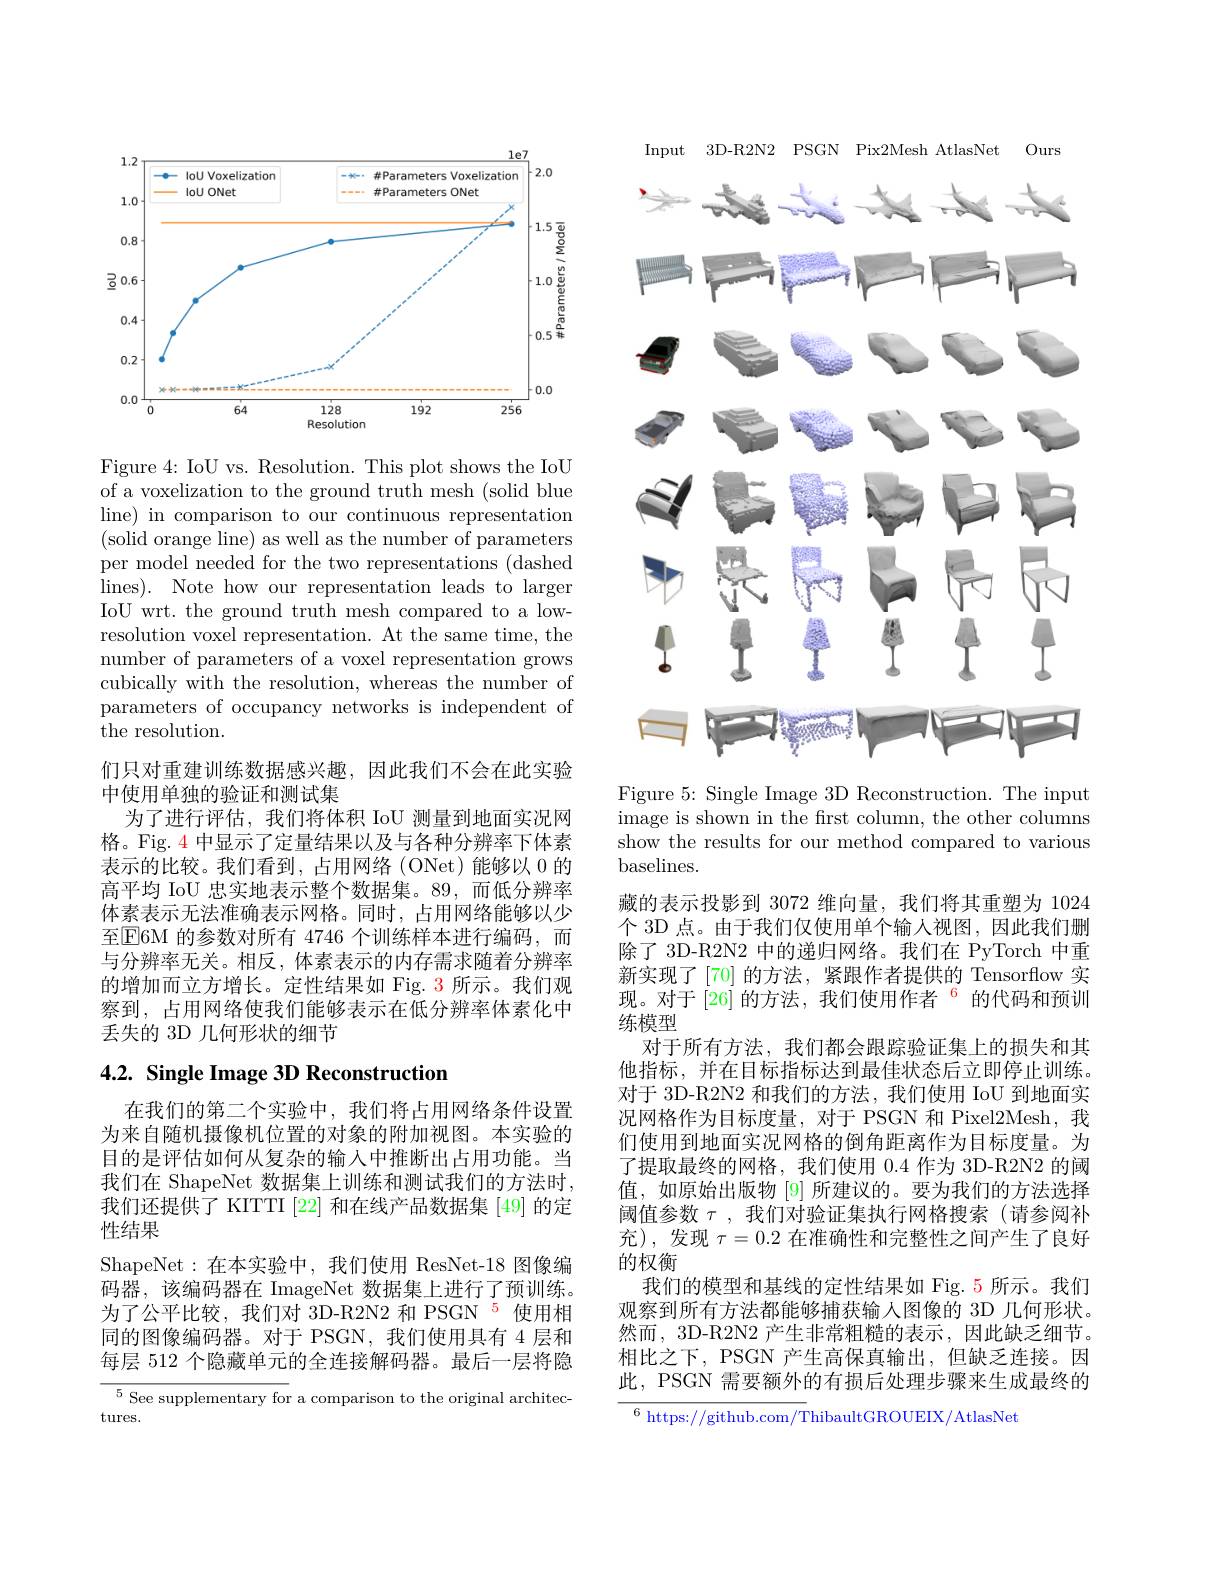
<FigureHere>

Figure 4: IoU vs. Resolution. This plot shows the IoU of a voxelization to the ground truth mesh (solid blue line) in comparison to our continuous representation (solid orange line) as well as the number of parameters per model needed for the two representations (dashed lines). Note how our representation leads to larger IoU wrt. the ground truth mesh compared to a lowresolution voxel representation. At the same time, the number of parameters of a voxel representation grows cubically with the resolution, whereas the number of parameters of occupancy networks is independent of the resolution.
们只对重建训练数据感兴趣，因此我们不会在此实验
中使用单独的验证和测试集
为了进行评估，我们将体积 IoU 测量到地面实况网格。Fig. $\color{red}{4}$中显示了定量结果以及与各种分辨率下体素表示的比较。我们看到，占用网络(ONet)能够以 0 的高平均 IoU 忠实地表示整个数据集。89,而低分辨率体素表示无法准确表示网格。同时，占用网络能够以少至$\operatorname{E}$6M 的参数对所有 4746 个训练样本进行编码，而与分辨率无关。相反，体素表示的内存需求随着分辨率的增加而立方增长。定性结果如 Fig. 3 所示。我们观察到，占用网络使我们能够表示在低分辨率体素化中丢失的 3D 几何形状的细节

# 4.2. Single Image 3D Reconstruction

在我们的第二个实验中，我们将占用网络条件设置为来自随机摄像机位置的对象的附加视图。本实验的目的是评估如何从复杂的输入中推断出占用功能。当我们在 ShapeNet 数据集上训练和测试我们的方法时， 我们还提供了 KITTI [22] 和在线产品数据集 [49] 的定性结果
ShapeNet:在本实验中，我们使用 ResNet-18 图像编码器，该编码器在 ImageNet 数据集上进行了预训练。为了公平比较，我们对 3D-R2N2 和 PSGN 5 使用相同的图像编码器。对于 PSGN,我们使用具有 4 层和每层 512 个隐藏单元的全连接解码器。最后一层将隐$^{5}$ See supplementary for a comparison to the original architec-

$tures.$

<FigureHere>
Figure 5: Single Image 3D Reconstruction. The input

image is shown in the first column, the other columns show the results for our method compared to various baselines.

藏的表示投影到 3072 维向量，我们将其重塑为 1024个 3D 点。由于我们仅使用单个输人视图，因此我们删除了 3D-R2N2 中的递归网络。我们在 PyTorch 中重新实现了[70]的方法，紧跟作者提供的 Tensorflow 实现。对于 [26] 的方法，我们使用作者$^{6}$的代码和预训练模型
对于所有方法，我们都会跟踪验证集上的损失和其他指标，并在目标指标达到最佳状态后立即停止训练。对于 3D-R2N2 和我们的方法，我们使用 IoU 到地面实况网格作为目标度量，对于 PSGN 和 Pixel2Mesh, 我们使用到地面实况网格的倒角距离作为目标度量。为了提取最终的网格，我们使用0.4作为 3D-R2N2 的阈值，如原始出版物 [9] 所建议的。要为我们的方法选择阈值参数$\tau$,我们对验证集执行网格搜索(请参阅补充),发现$\tau=0.2$在准确性和完整性之间产生了良好的权衡
我们的模型和基线的定性结果如 Fig.5 所示。我们观察到所有方法都能够捕获输入图像的 3D 几何形状。然而，3D-R2N2 产生非常粗糙的表示，因此缺乏细节。相比之下，PSGN 产生高保真输出，但缺乏连接。因此，PSGN 需要额外的有损后处理步骤来生成最终的$^{6}$ https: / / github. com/ ThibaultGROUEIX/AtlasNet